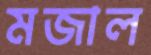
মজাল